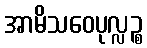
အာမိသဝေပုလ္လဉ္စ